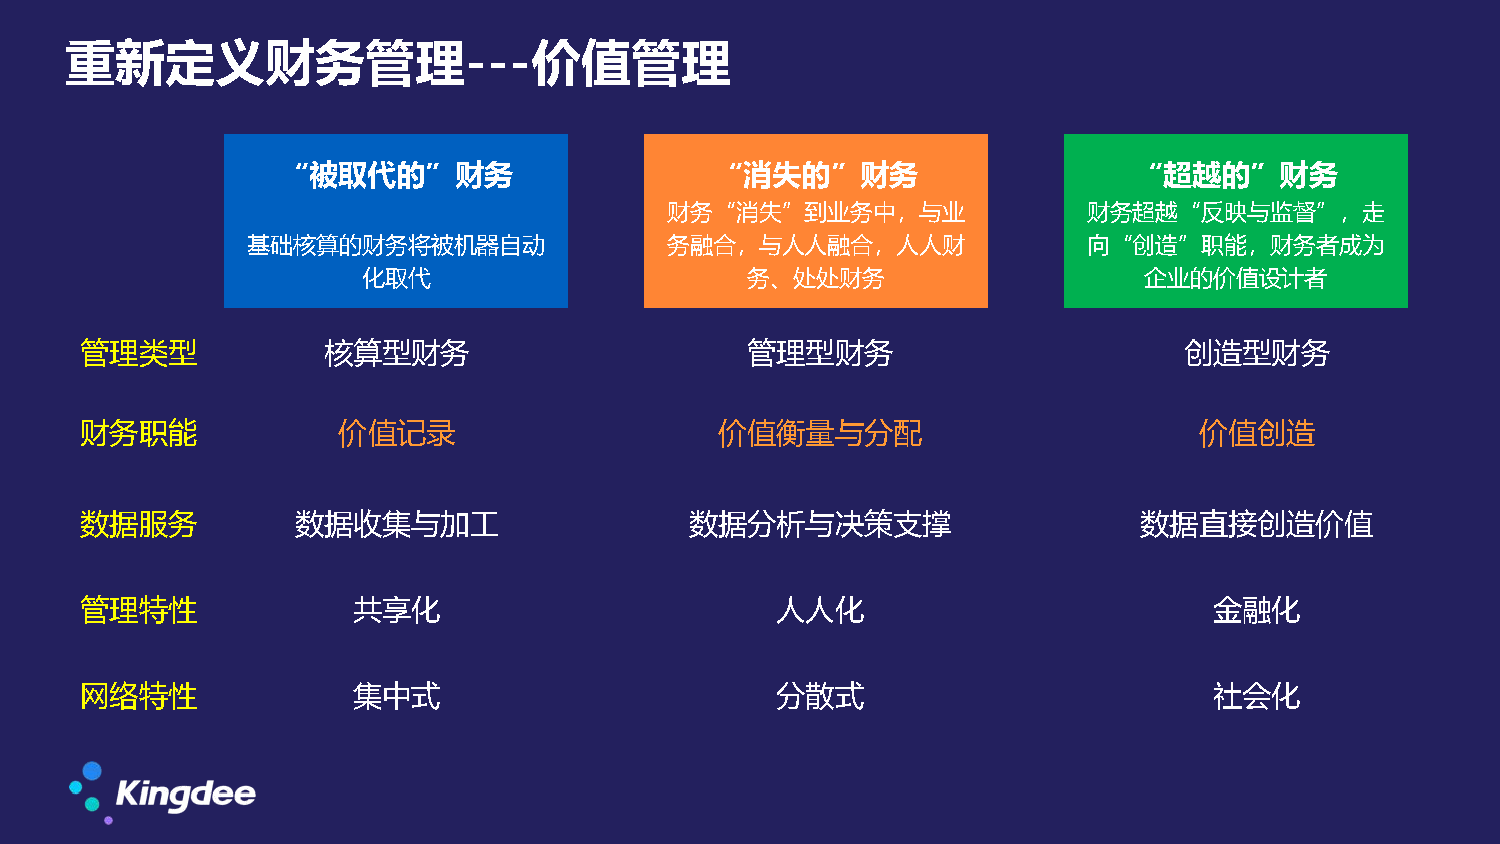
重新定义财务管理---价值管理
 “被取代的”财务                    “消失的”财务                     “超越的”财务
 财务“消失”到业务中，与业               财务超越“反映与监督”，走
 基础核算的财务将被机器自动               务融合，与人人融合，人人财               向“创造”职能，财务者成为
 化取代                      务、处处财务                     企业的价值设计者
 管理类型            核算型财务                       管理型财务                        创造型财务
 财务职能             价值记录                      价值衡量与分配                        价值创造
 数据服务           数据收集与加工                   数据分析与决策支撑                    数据直接创造价值
 管理特性              共享化                         人人化                          金融化
 网络特性              集中式                         分散式                          社会化